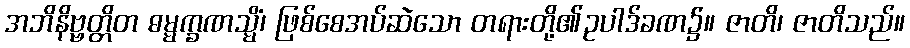
အဘိနိဗ္ဗတ္တိတ ဓမ္မက္ခဏသ္မိံ၊ ဖြစ်စေအပ်ဆဲသော တရားတို့၏ဥပါဒ်ခဏ၌။ ဇာတိ၊ ဇာတိသည်။